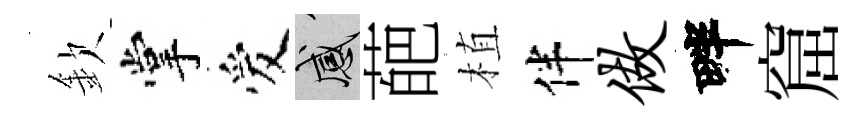
欽掌爱感葩植伴做畔窟